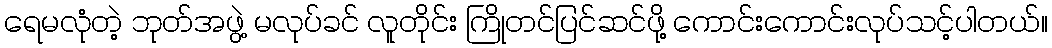
ရေမလုံတဲ့ ဘုတ်အဖွဲ့ မလုပ်ခင် လူတိုင်း ကြိုတင်ပြင်ဆင်ဖို့ ကောင်းကောင်းလုပ်သင့်ပါတယ်။